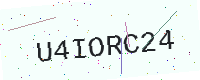
Text: U4IORC24